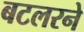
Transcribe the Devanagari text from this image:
बटलरने